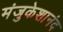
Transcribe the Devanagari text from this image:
मंजुकेशानंद